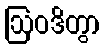
ဩဝဒိတွာ